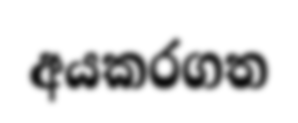
අයකරගත